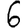
Digit: 6